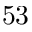
^ Ḋ 5 3 Ḍ